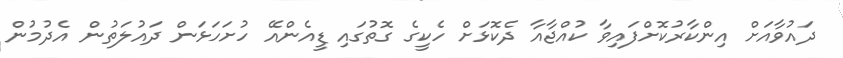
ދައުވާއަށް އިންކާރުކޮށްފައިވާ ކުއްޖާއާ ދެކޮޅަށް ހެކީގެ ގޮތުގައި ޑީއެންއޭ ހުށަހަޅަން ދައުލަތުން އެދުމުން